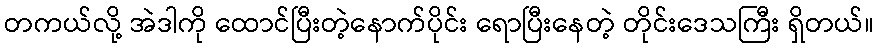
တကယ်လို့ အဲဒါကို ထောင်ပြီးတဲ့နောက်ပိုင်း ရောပြီးနေတဲ့ တိုင်းဒေသကြီး ရှိတယ်။